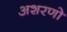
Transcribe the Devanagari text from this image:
अशरणो